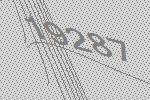
19287